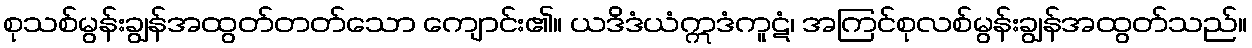
စုသစ်မွန်းချွန်အထွတ်တတ်သော ကျောင်း၏။ ယဒိဒံယံဣဒံကူဋံ၊ အကြင်စုလစ်မွန်းချွန်အထွတ်သည်။